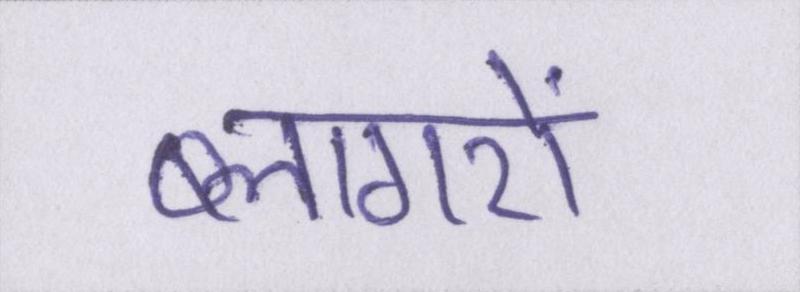
ब्लागरों